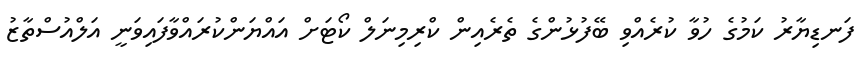
ފަނޑިޔާރު ކަމުގެ ހުވާ ކުރެއްވި ބޭފުޅުންގެ ތެރެއިން ކްރިމިނަލް ކޯޓަށް އައްޔަންކުރައްވާފައިވަނީ އަލްއުސްތާޒު